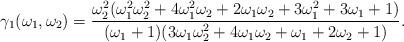
LaTeX: \begin{align*}\gamma_1(\omega_1,\omega_2)=\frac{\omega_2^2(\omega_1^2\omega_2^2+4\omega_1^2\omega_2+2\omega_1\omega_2+3\omega_1^2+3\omega_1+1)}{(\omega_1+1)(3\omega_1\omega_2^2+4\omega_1\omega_2+\omega_1+2\omega_2+1)}.\end{align*}